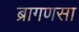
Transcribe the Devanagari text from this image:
ब्रागणसा